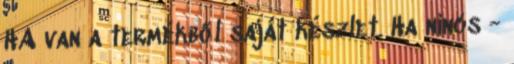
HA van a termékből saját készlet. Ha nincs -